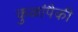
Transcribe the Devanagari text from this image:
कुळांपैकी